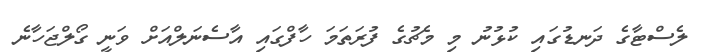
ލެސްޓާގެ ދަނޑުގައި ކުޅުނު މި މެޗުގެ ފުރަތަމަ ހާފްގައި އާސެނަލްއަށް ވަނީ ގޯލްޖަހާނެ